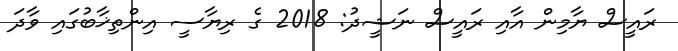
ރައީސް ޔާމިން އާއި ރައީސް ނަޝީދު: 2018 ގެ ރިޔާސީ އިންތިޚާބުގައި ވާދަ